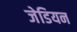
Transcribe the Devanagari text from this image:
जेडियन